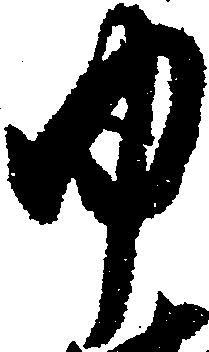
ゆ